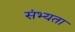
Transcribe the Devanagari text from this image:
संभ्यता